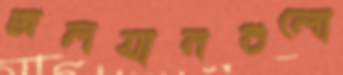
জলযানগুলো